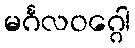
မင်္ဂလဝဂ္ဂေါ